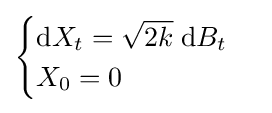
{\begin{cases}\mathrm {d} X_{t}={\sqrt {2k}}\;\mathrm {d} B_{t}\\X_{0}=0\end{cases}}